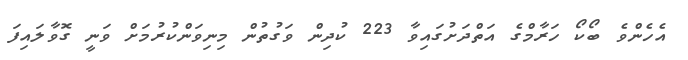
އެހެންވެ ބޯކޯ ހަރާމްގެ އަތްދަށުގައިވާ 223 ކުދިން ވަގުތުން މިނިވަންކުރުމަށް ވަނީ ގޮވާލައިފަ